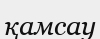
қамсау